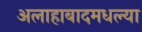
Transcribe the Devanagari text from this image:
अलाहाबादमधल्या